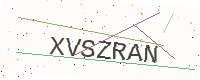
Text: XVSZRAN